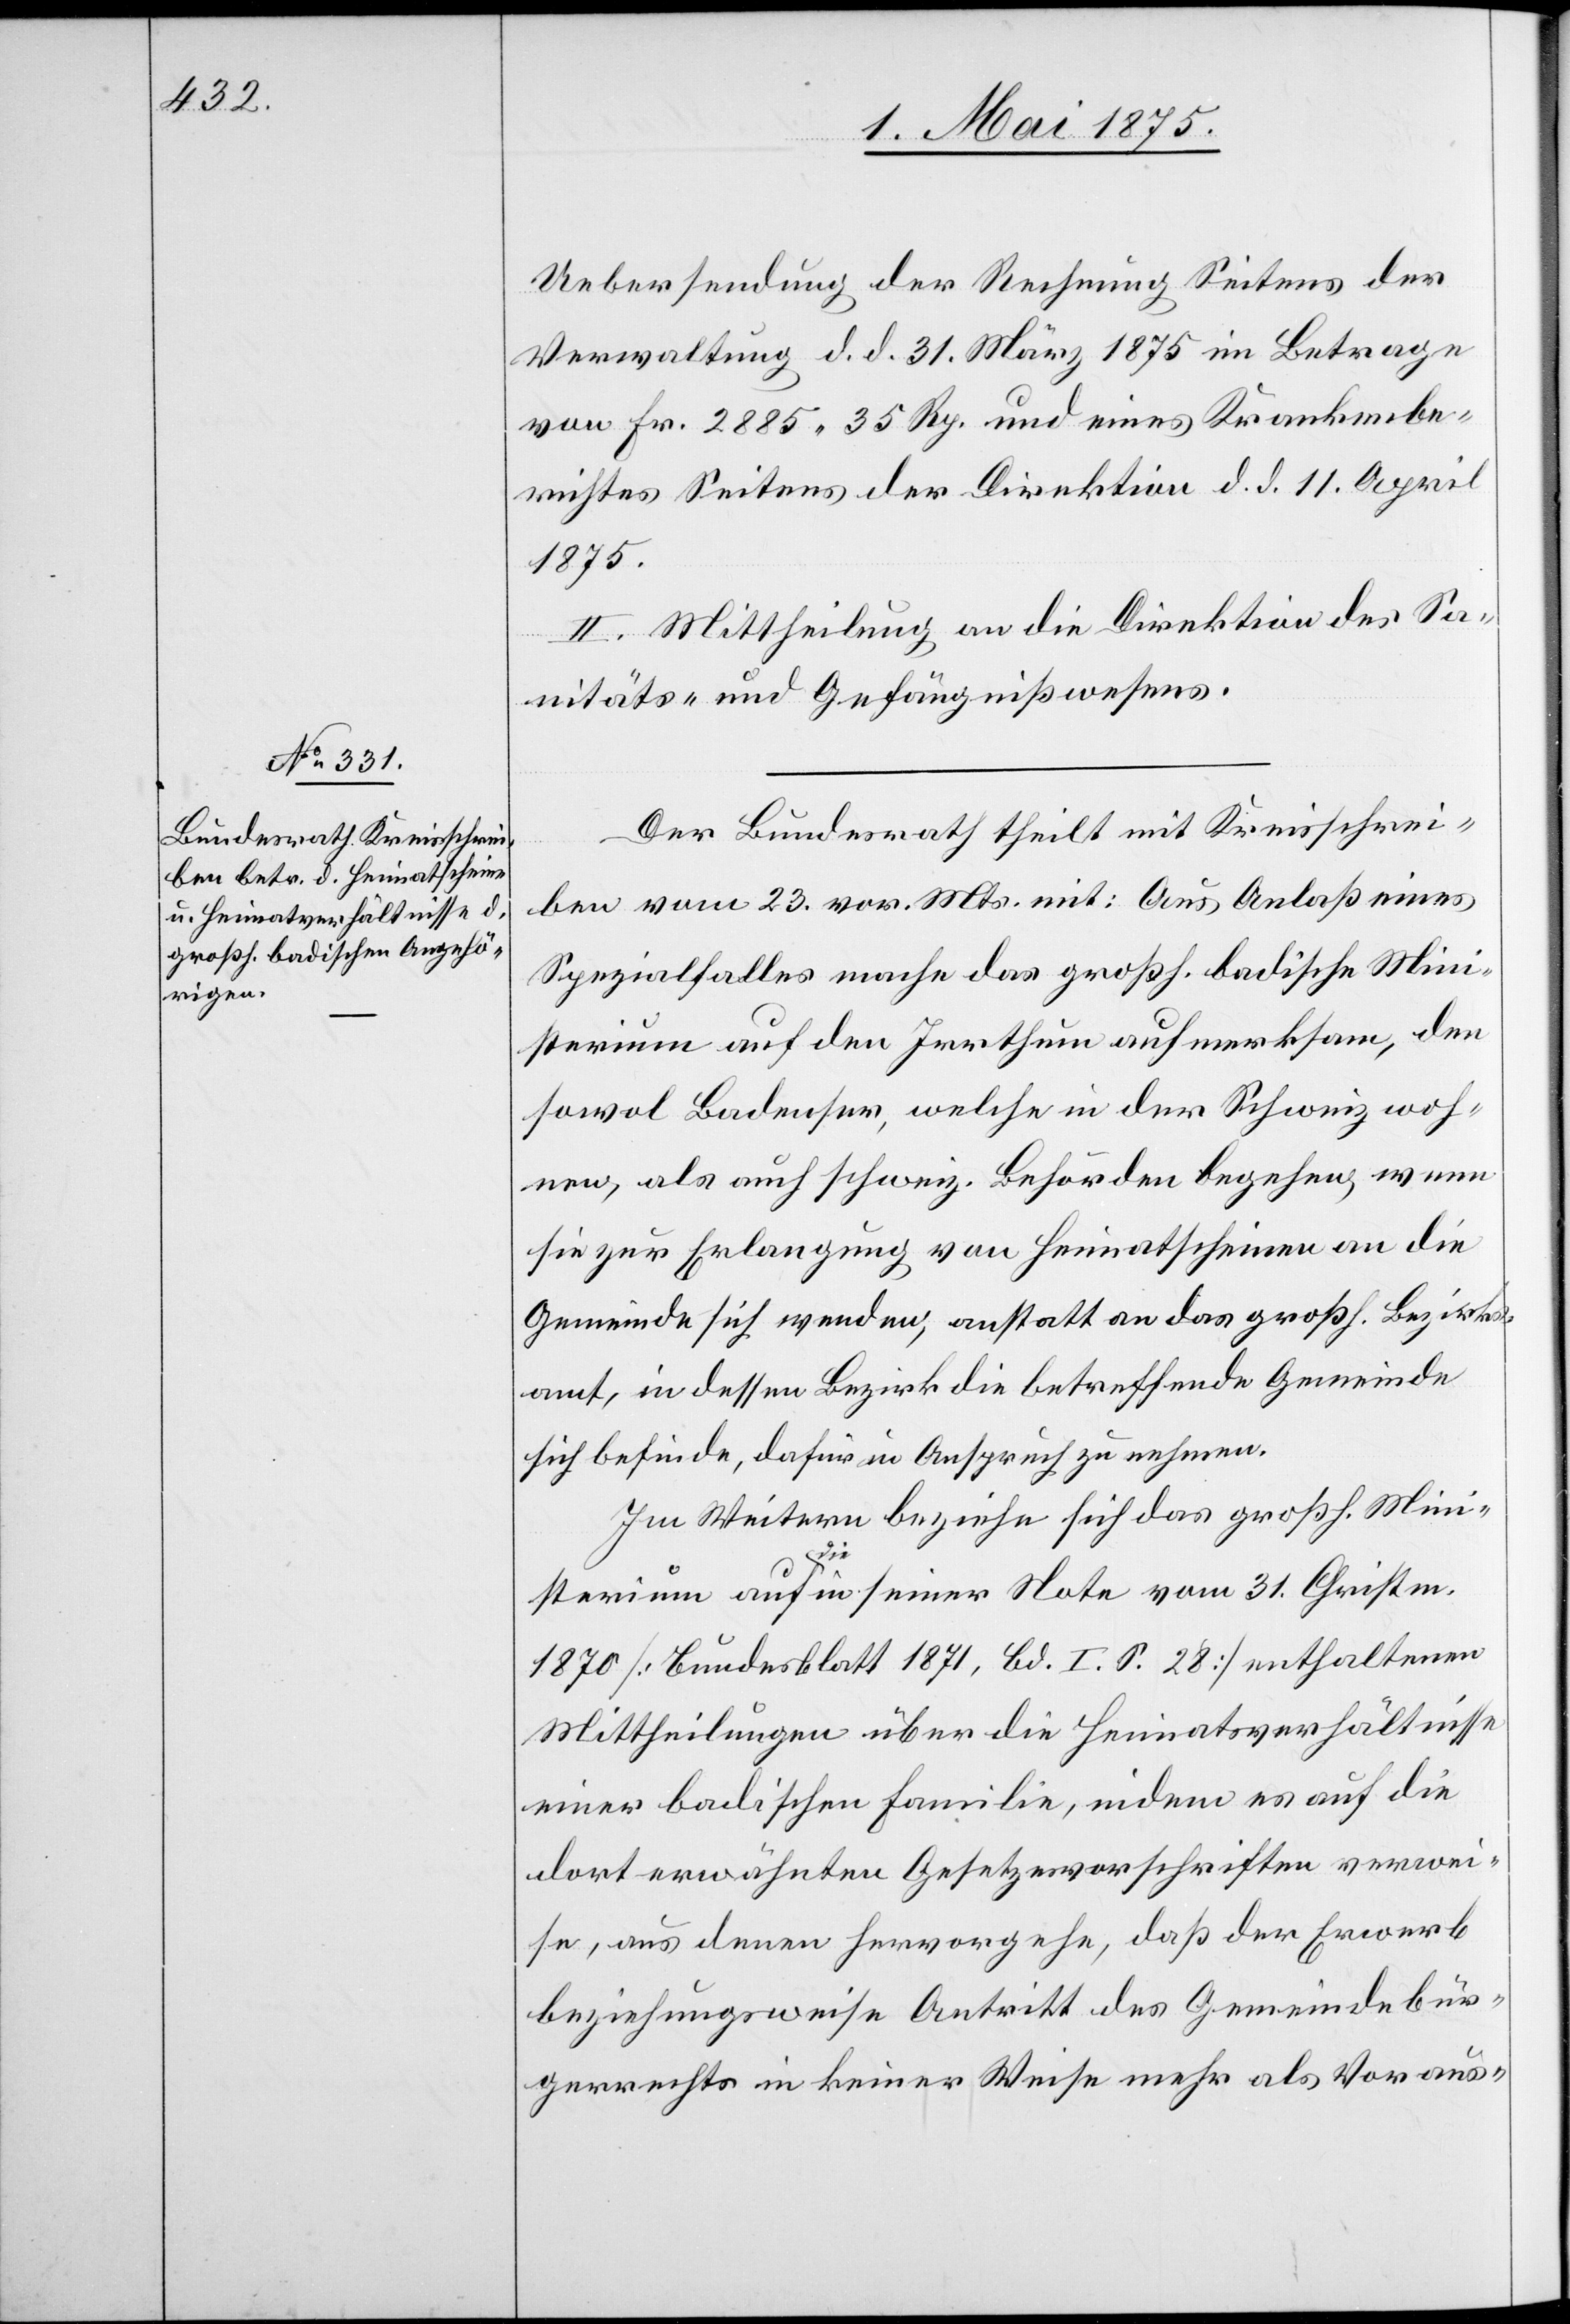
Uebersendung der Rechnung Seitens der
Verwaltung d. d. 31. März 1875 im Betrage
von fr. 2885 35 Rp. und eines Krankenbe¬
richtes Seitens der Direktion d. d. 11. April
1875.
II. Mittheilung an die Direktion des Sa¬
nitäts- und Gefängnißwesens.